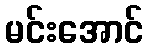
မင်းအောင်